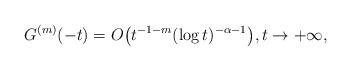
LaTeX: \begin{align*}G^{(m)} (- t)=O \bigl(t^{-1-m}(\log t)^{-\alpha-1}\bigr), t \to+\infty,\end{align*}